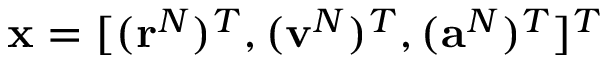
\mathbf { x } = [ ( \mathbf { r } ^ { N } ) ^ { T } , ( \mathbf { v } ^ { N } ) ^ { T } , ( \mathbf { a } ^ { N } ) ^ { T } ] ^ { T }